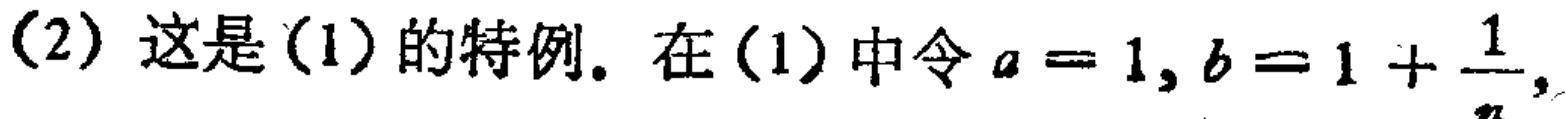
(2) 这是(1)的特例. 在(1)中令\(a = 1, b = 1+\frac{1}{n},\)